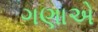
ગણાએ